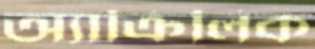
অ্যাক্রিলিক